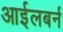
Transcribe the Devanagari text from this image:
आईलबर्न